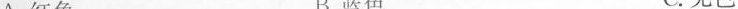
A.红色 B.蓝色 C.无色